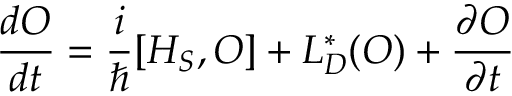
{ \frac { d O } { d t } } = { \frac { i } { \hbar } } [ H _ { S } , O ] + L _ { D } ^ { * } ( O ) + { \frac { \partial O } { \partial t } }